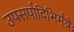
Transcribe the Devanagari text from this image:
उपसर्पादिभिर्मंत्रैः